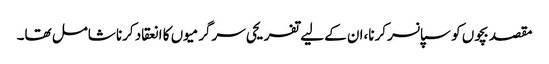
مقصد بچوں کو سپانسر کرنا،ان کے لیے تفریحی سرگرمیوں کا انعقاد کرنا شامل تھا۔